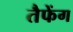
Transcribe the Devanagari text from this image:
तैफेंग